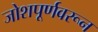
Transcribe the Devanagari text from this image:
जोशपूर्णवरून